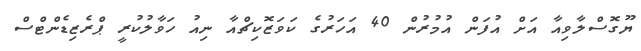
ޔޫގޮސްލާވިއާ އަށް އުފަން އުމުރުން 40 އަހަރުގެ ކަވަޒޮކިޗްއާ ނިއު ހަވާލުކުރީ ޕްރެޒިޑެންޓްސް